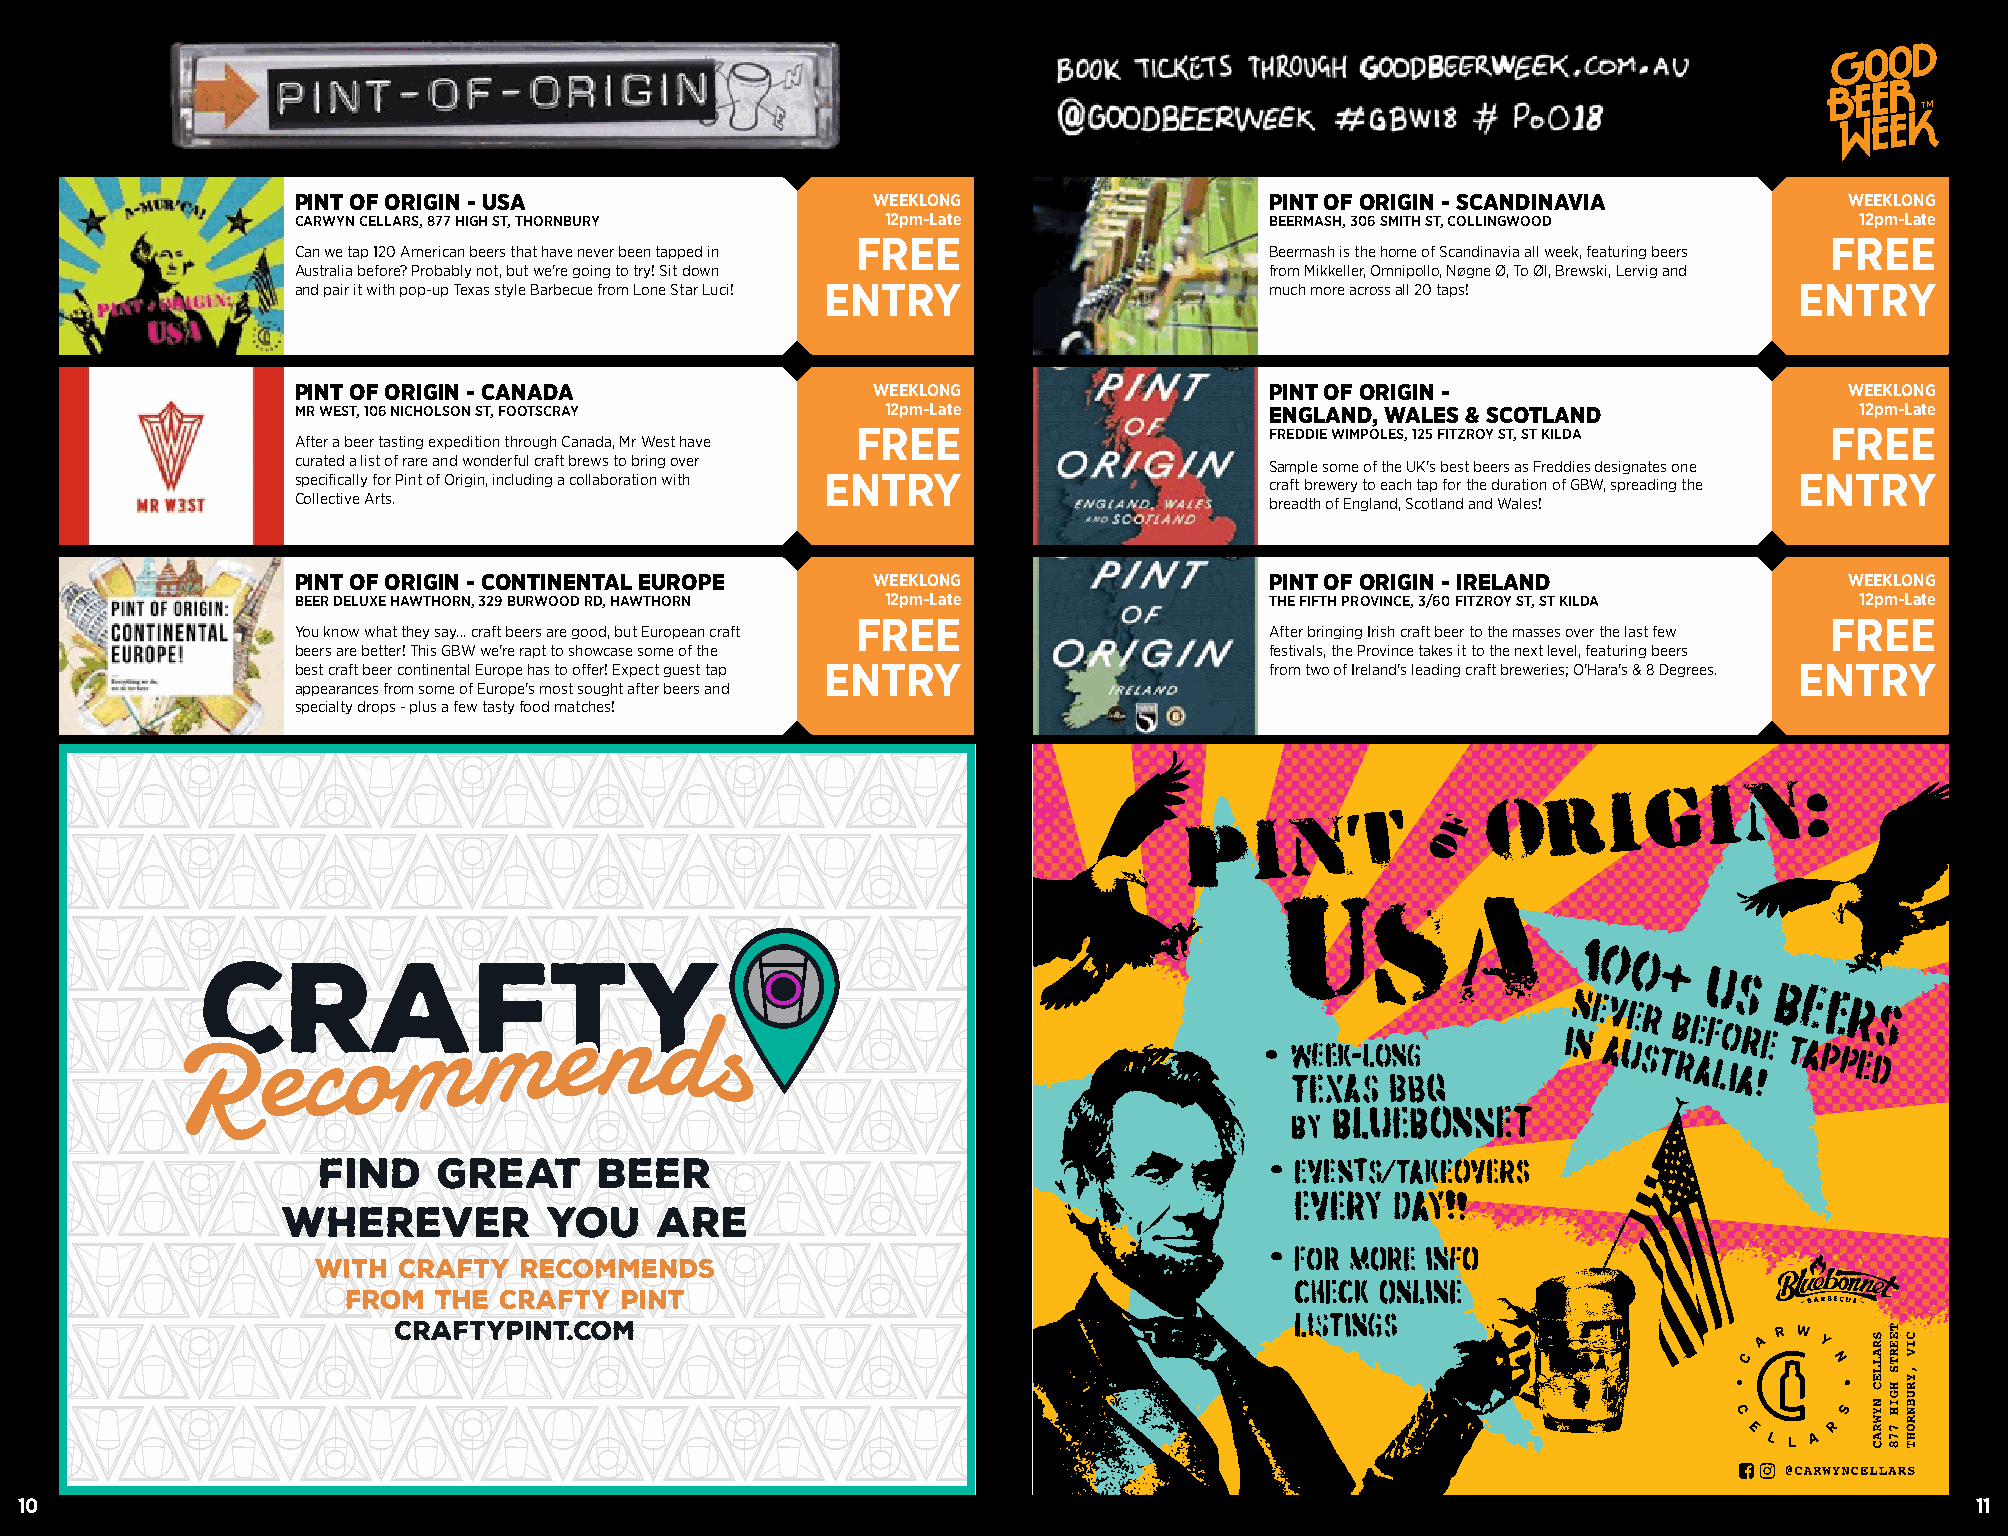
PINT OF ORIGIN - USA                  WEEKLONG                  PINT OF ORIGIN - SCANDINAVIA          WEEKLONG
 CARWYN CELLARS, 877 HIGH ST, THORNBURY 12pm-Late                BEERMASH, 306 SMITH ST, COLLINGWOOD    12pm-Late
 FREE                                                            FREE
 Can we tap 120 American beers that have never been tapped in    Beermash is the home of Scandinavia all week, featuring beers
 Australia before? Probably not, but we're going to try! Sit down from Mikkeller, Omnipollo, Nøgne Ø, To Øl, Brewski, Lervig and
 and pair it with pop-up Texas style Barbecue from Lone Star Luci! ENTRY much more across all 20 taps! ENTRY
 PINT OF ORIGIN - CANADA               WEEKLONG                  PINT OF ORIGIN -                      WEEKLONG
 MR WEST, 106 NICHOLSON ST, FOOTSCRAY    12pm-Late                ENGLAND, WALES & SCOTLAND              12pm-Late
 FREE                       FREDDIE WIMPOLES, 125 FITZROY ST, ST KILDA FREE
 After a beer tasting expedition through Canada, Mr West have
 curated a list of rare and wonderful craft brews to bring over  Sample some of the UK's best beers as Freddies designates one
 specifically for Pint of Origin, including a collaboration with ENTRY craft brewery to each tap for the duration of GBW, spreading the ENTRY
 Collective Arts.                                                breadth of England, Scotland and Wales!
 PINT OF ORIGIN - CONTINENTAL EUROPE   WEEKLONG                  PINT OF ORIGIN - IRELAND              WEEKLONG
 BEER DELUXE HAWTHORN, 329 BURWOOD RD, HAWTHORN 12pm-Late        THE FIFTH PROVINCE, 3/60 FITZROY ST, ST KILDA 12pm-Late
 FREE                                                            FREE
 You know what they say... craft beers are good, but European craft After bringing Irish craft beer to the masses over the last few
 beers are better! This GBW we're rapt to showcase some of the   festivals, the Province takes it to the next level, featuring beers
 best craft beer continental Europe has to offer! Expect guest tap ENTRY from two of Ireland's leading craft breweries; O'Hara's & 8 Degrees. ENTRY
 appearances from some of Europe's most sought after beers and
 specialty drops - plus a few tasty food matches!
 10                                                                                                                                11